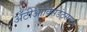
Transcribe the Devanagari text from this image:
अँटीऑक्सिडंट्समध्ये